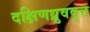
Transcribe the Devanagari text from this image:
दक्षिणध्रुववृत्त